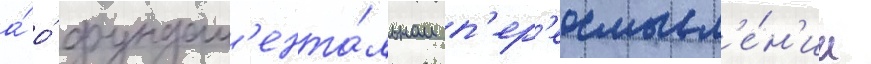
а́ о́ фундам'ента́льном п'ер'еосмысл'е́н'ии